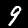
Label: 9